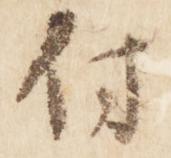
付